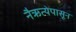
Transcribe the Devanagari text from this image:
नैऋत्येपासून